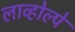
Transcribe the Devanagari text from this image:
लाव्होल्पे